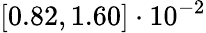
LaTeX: \left[0.82,1.60\right]\cdot 10^{-2}